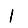
Digit: 1